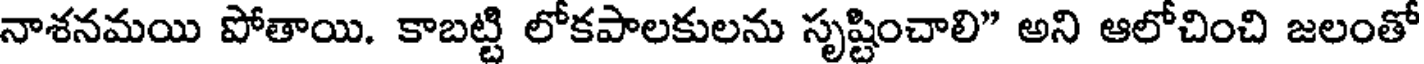
నాశనమయి పోతాయి. కాబట్టి లోకపాలకులను సృష్టించాలి" అని ఆలోచించి జలంతో